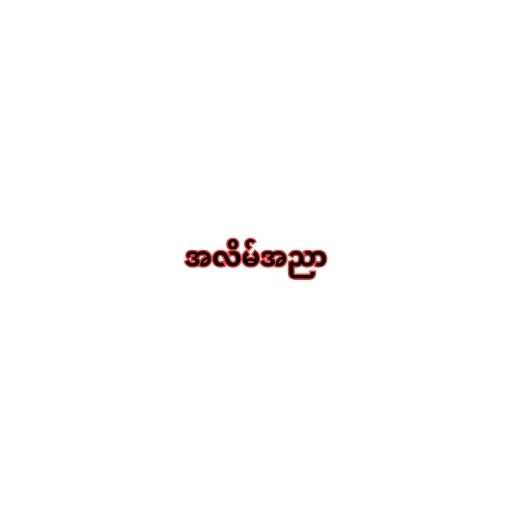
အလိမ်အညာ